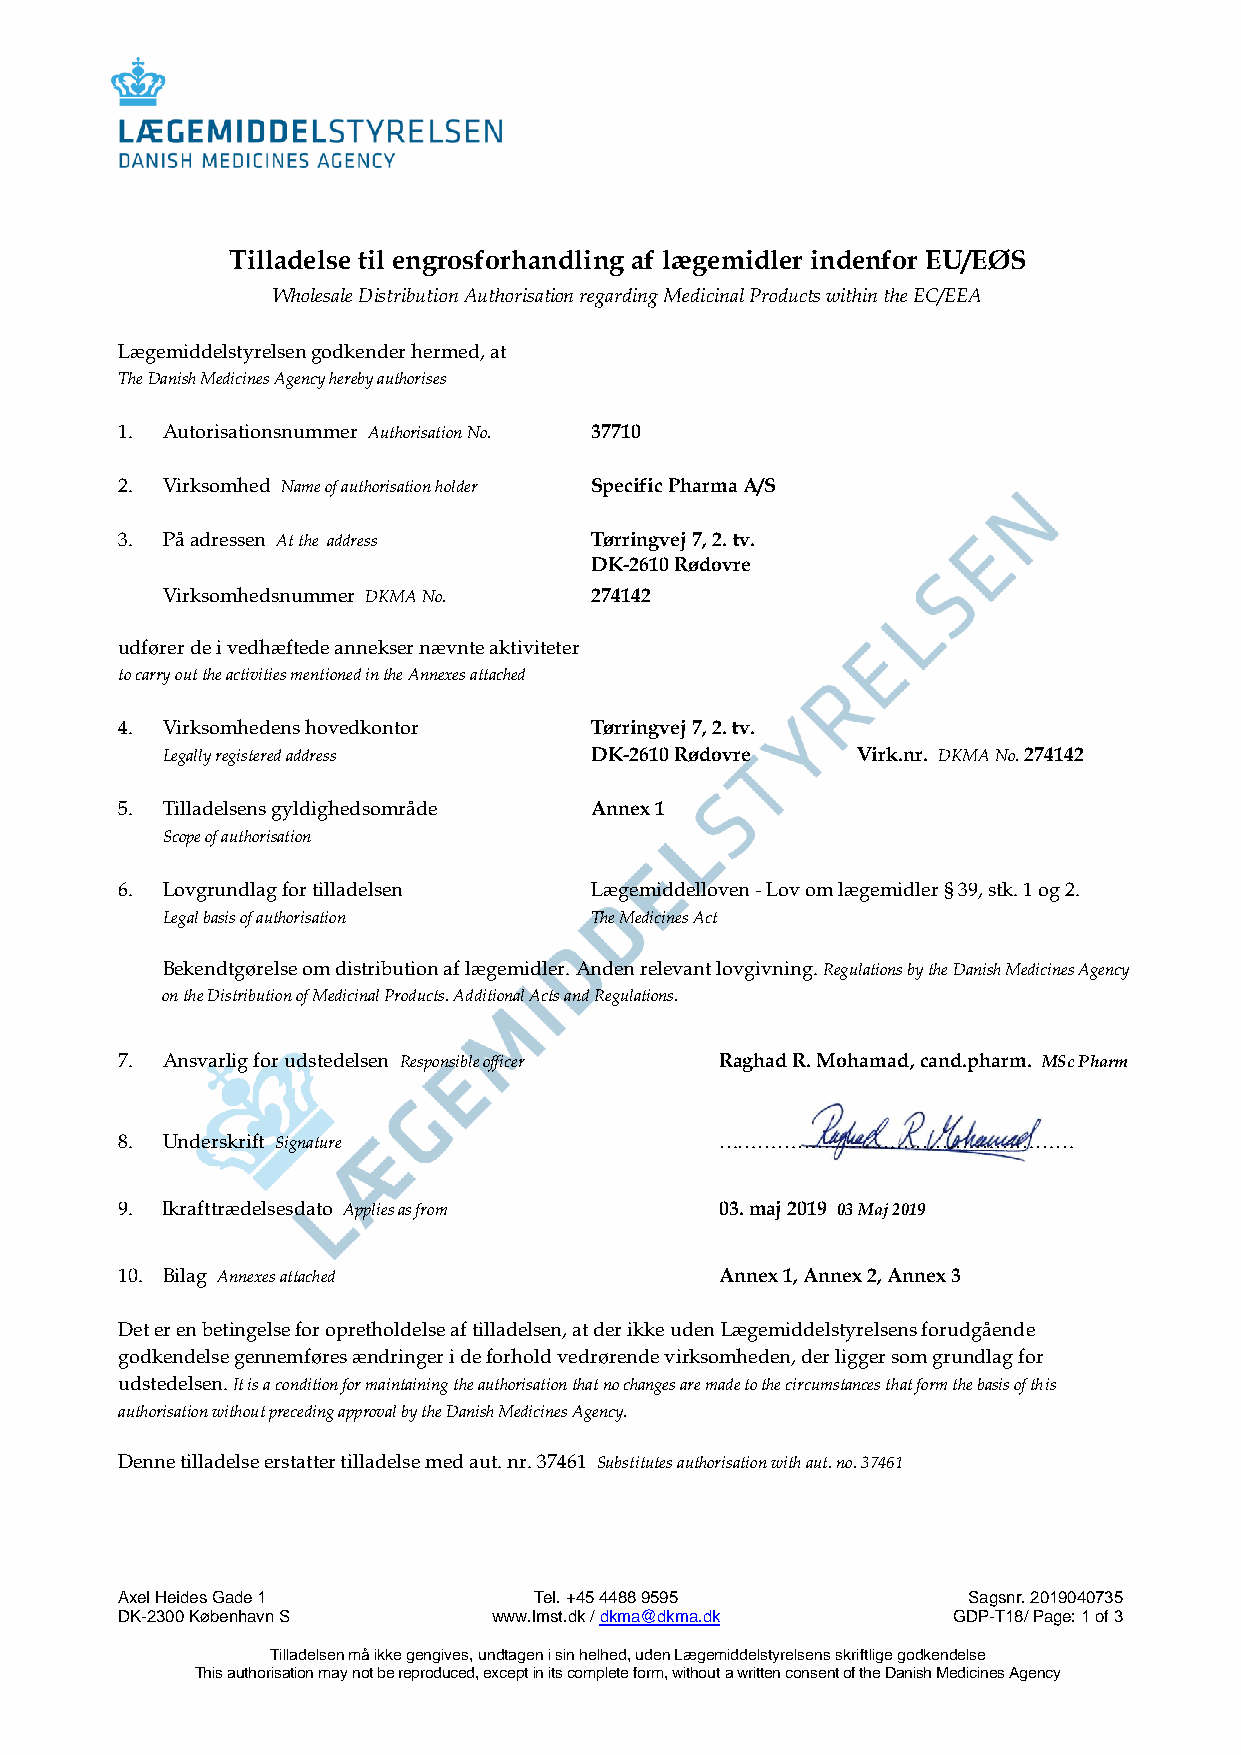
Tilladelse til engrosforhandling af lægemidler indenfor EU/EØS
 Wholesale Distribution Authorisation regarding Medicinal Products within the EC/EEA
 Lægemiddelstyrelsen godkender hermed, at
 The Danish Medicines Agency hereby authorises
 1. Autorisationsnummer Authorisation No. 37710
 2. Virksomhed Name of authorisation holder Specific Pharma A/S
 3. På adressen At the address  Tørringvej 7, 2. tv.
 DK-2610 Rødovre
 Virksomhedsnummer DKMA No.  274142
 udfører de i vedhæftede annekser nævnte aktiviteter
 to carry out the activities mentioned in the Annexes attached
 4. Virksomhedens hovedkontor   Tørringvej 7, 2. tv.
 Legally registered address  DK-2610 Rødovre   Virk.nr. DKMA No. 274142
 5. Tilladelsens gyldighedsområde Annex 1
 Scope of authorisation
 6. Lovgrundlag for tilladelsen Lægemiddelloven - Lov om lægemidler § 39, stk. 1 og 2.
 Legal basis of authorisation The Medicines Act
 Bekendtgørelse om distribution af lægemidler. Anden relevant lovgivning. Regulations by the Danish Medicines Agency
 on the Distribution of Medicinal Products. Additional Acts and Regulations.
 7. Ansvarlig for udstedelsen Responsible officer Raghad R. Mohamad, cand.pharm. MSc Pharm
 8. Underskrift Signature                ………………………………………………
 9. Ikrafttrædelsesdato Applies as from  03. maj 2019 03 Maj 2019
 10. Bilag Annexes attached              Annex 1, Annex 2, Annex 3
 Det er en betingelse for opretholdelse af tilladelsen, at der ikke uden Lægemiddelstyrelsens forudgående
 godkendelse gennemføres ændringer i de forhold vedrørende virksomheden, der ligger som grundlag for
 udstedelsen. It is a condition for maintaining the authorisation that no changes are made to the circumstances that form the basis of this
 authorisation without preceding approval by the Danish Medicines Agency.
 Denne tilladelse erstatter tilladelse med aut. nr. 37461 Substitutes authorisation with aut. no. 37461
 Axel Heides Gade 1         Tel. +45 4488 9595           Sagsnr. 2019040735
 DK-2300 København S      www.lmst.dk / dkma@dkma.dk    GDP-T18/ Page: 1 of 3
 Tilladelsen må ikke gengives, undtagen i sin helhed, uden Lægemiddelstyrelsens skriftlige godkendelse
 This authorisation may not be reproduced, except in its complete form, without a written consent of the Danish Medicines Agency